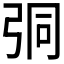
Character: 𢏕